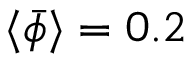
\langle \bar { \phi } \rangle = 0 . 2